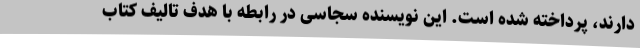
دارند، پرداخته شده ‌است. این نویسنده سجاسی در رابطه با هدف تالیف کتاب